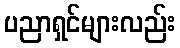
ပညာရှင်များလည်း